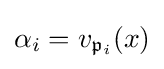
\alpha _{i}=v_{{\mathfrak {p}}_{i}}(x)